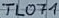
Text: TL071